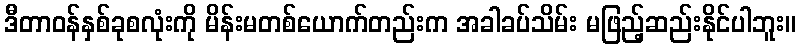
ဒီတာဝန်နှစ်ခုစလုံးကို မိန်းမတစ်ယောက်တည်းက အခါခပ်သိမ်း မဖြည့်ဆည်းနိုင်ပါဘူး။